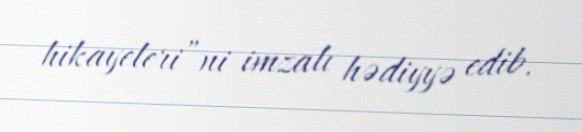
hikayeleri”ni imzalı hədiyyə edib.